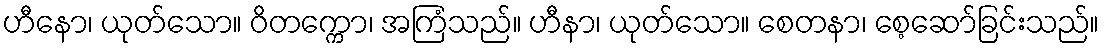
ဟီနော၊ ယုတ်သော။ ဝိတက္ကော၊ အကြံသည်။ ဟီနာ၊ ယုတ်သော။ စေတနာ၊ စေ့ဆော်ခြင်းသည်။